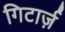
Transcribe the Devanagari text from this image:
गिटार्ज़